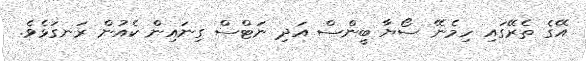
އޭގެ ތެރޭގައި ހިމެނޭ ސޯޔާ ބީންސް އަދި ނަޓްސް ގިނައިން ކެއުން ރަނގަޅެވެ.